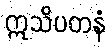
ဣသိပတနံ